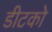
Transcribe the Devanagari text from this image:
डीटको